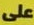
على